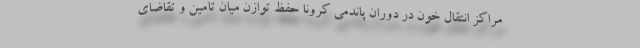
مراکز انتقال خون در دوران پاندمی کرونا حفظ توازن میان تامین و تقاضای